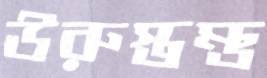
ঊরুস্তম্ভ